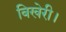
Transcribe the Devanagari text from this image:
बिखेरी।